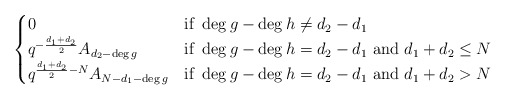
\begin{align*} \begin{cases} 0 & \textrm{if } \deg g - \deg h \neq d_2-d_1 \\ q^{ - \frac{d_1+d_2}{2}} A_{d_2-\deg g} & \textrm{if } \deg g - \deg h = d_2-d_1\textrm{ and } d_1 + d_2 \leq N \\ q^{ \frac{d_1+d_2}{2}-N} A_{N-d_1-\deg g} & \textrm{if } \deg g - \deg h = d_2-d_1\textrm{ and } d_1 + d_2 > N \end{cases}\end{align*}